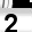
Digit: 2